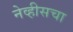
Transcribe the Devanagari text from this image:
नेव्हीसचा